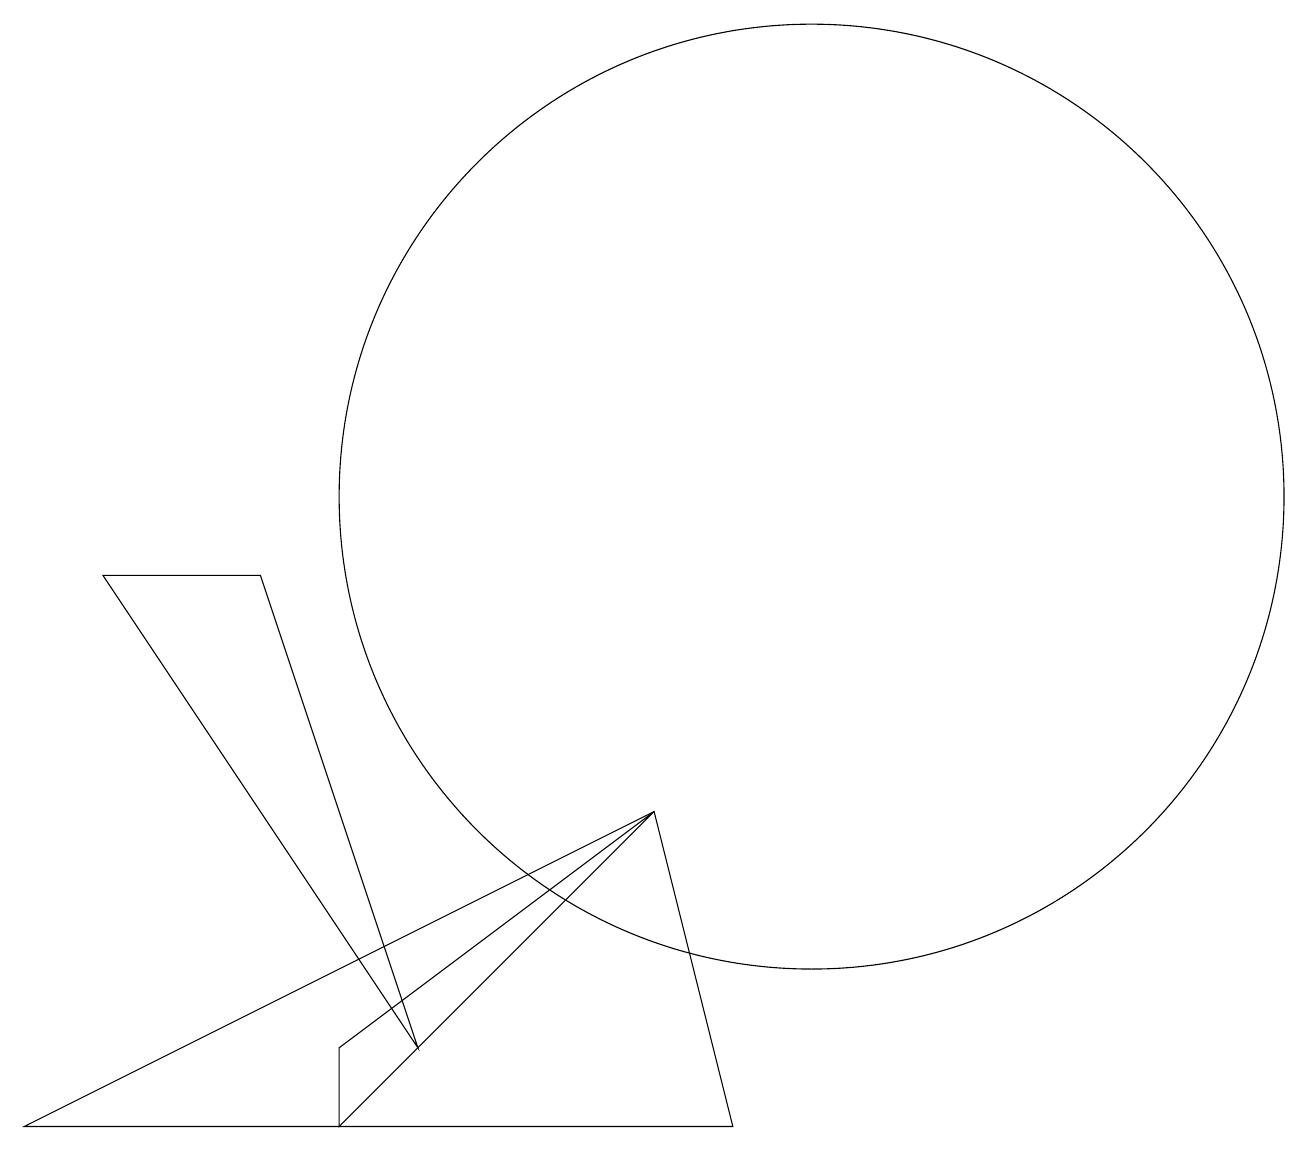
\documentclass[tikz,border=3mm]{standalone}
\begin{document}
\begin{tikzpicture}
\draw (4,2) -- (8,6) -- (4,3) -- cycle;
\draw (9,2) -- (8,6) -- (0,2) -- cycle;
\draw (1,9) -- (3,9) -- (5,3) -- cycle;
\draw (10,10) circle (6);
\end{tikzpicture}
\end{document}